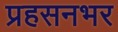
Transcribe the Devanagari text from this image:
प्रहसनभर